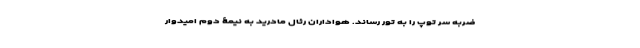
ضربه سر توپ را به تور رساند. هواداران رئال مادرید به نیمۀ دوم امیدوار